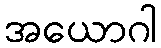
အယောဂါ